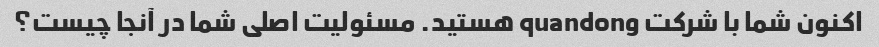
اکنون شما با شرکت quandong هستید. مسئولیت اصلی شما در آنجا چیست؟